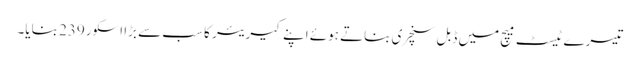
تیسرے ٹیسٹ میچ میں ڈبل سنچری بناتے ہوئے اپنے کیریئر کا سب سے بڑا اسکور239 بنایا۔